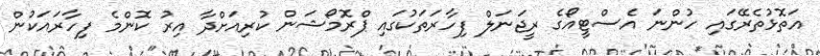
އަތޮޅުތެރޭގައި ހުންނަ އެސްޓީއޯގެ ރީޖަނަލް ފިހާރަތަކުގައި ޕްރޮމޯޝަން ކުރިއަށްދާ އިރު ކޮންމެ ފިހާރައަކުން